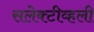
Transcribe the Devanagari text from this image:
सलेक्टीव्हली